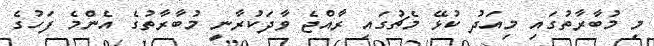
މި މުބާރާތުގައި މިއަދު ކުޅޭ މެޗުގައި ރާއްޖެ ވާދަކުރާނީ މުބާރާތުގެ އެންމެ ފަހުގެ